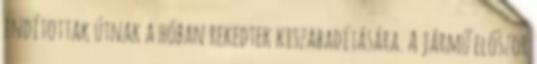
indítottak útnak a hóban rekedtek kiszabadítására. A jármű először